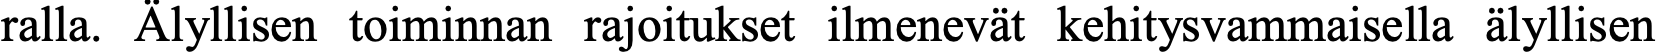
ralla. Älyllisen toiminnan rajoitukset ilmenevät kehitysvammaisella älyllisen